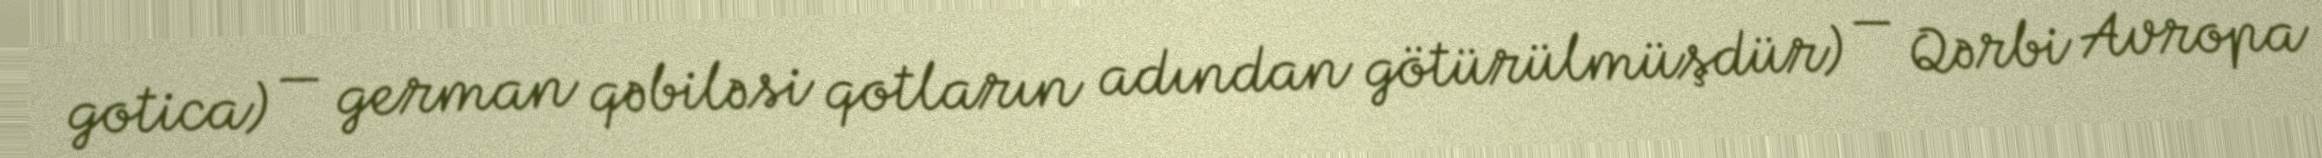
gotica) — german qəbiləsi qotların adından götürülmüşdür) — Qərbi Avropa